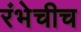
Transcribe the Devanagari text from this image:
रंभेचीच